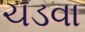
ચડવા